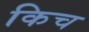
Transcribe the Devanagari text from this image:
किच